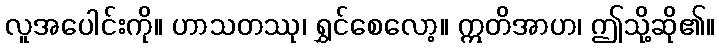
လူအပေါင်းကို။ ဟာသတဿု၊ ရွှင်စေလော့။ ဣတိအာဟ၊ ဤသို့ဆို၏။